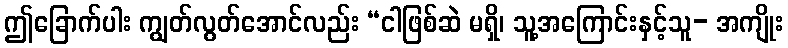
ဤခြောက်ပါး ကျွတ်လွတ်အောင်လည်း “ငါဖြစ်ဆဲ မရှိ၊ သူ့အကြောင်းနှင့်သူ- အကျိုး